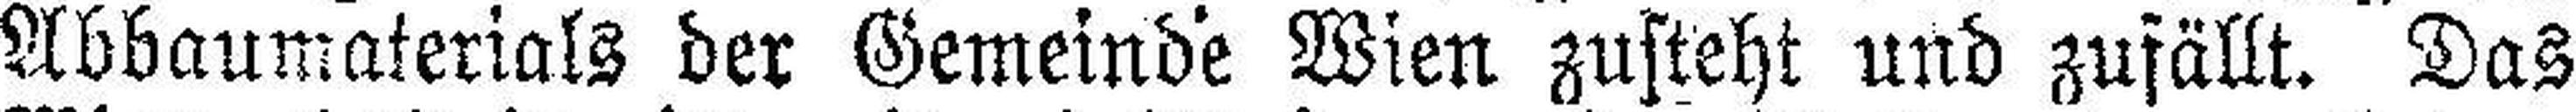
Abbaumaterials der Gemeinde Wien zusteht und zufällt. Das